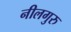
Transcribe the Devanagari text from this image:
नीलगुरु